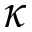
\kappa